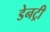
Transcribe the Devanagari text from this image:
डेनट्री